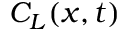
{ { C } _ { L } } ( x , t )